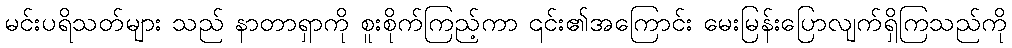
မင်းပရိသတ်များ သည် နာတာရှာကို စူးစိုက်ကြည့်ကာ ၎င်း၏အကြောင်း မေးမြန်းပြောလျက်ရှိကြသည်ကို